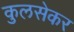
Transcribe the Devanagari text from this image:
कुलसेकर